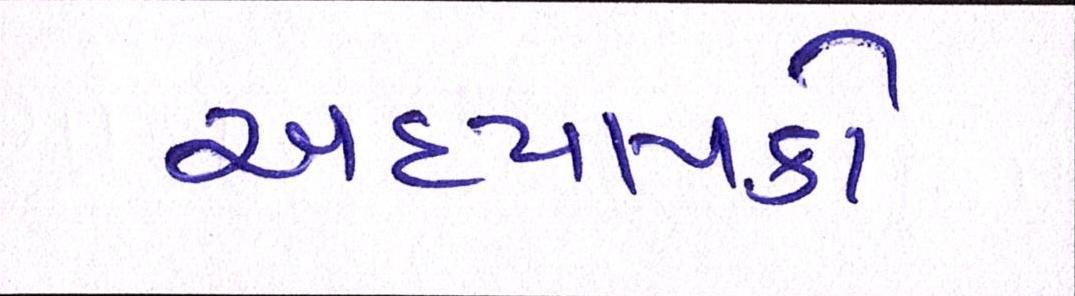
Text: અધ્યાપકો